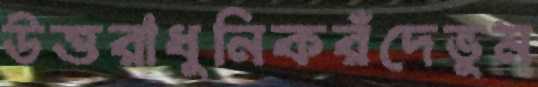
উত্তরাধুনিকরঁদেভুম